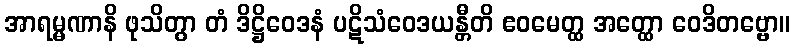
အာရမ္မဏာနိ ဖုသိတွာ တံ ဒိဋ္ဌိဝေဒနံ ပဋိသံဝေဒယန္တီတိ ဧဝမေတ္ထ အတ္ထော ဝေဒိတဗ္ဗော။